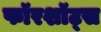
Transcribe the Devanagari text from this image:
फॉरशॉट्स